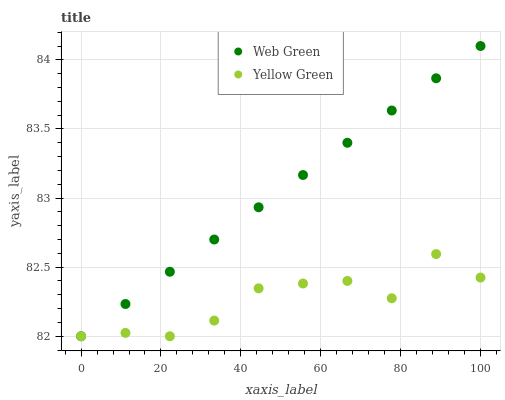
| xaxis_label | Web Green | Yellow Green |
 | --- | --- | --- |
 | 0 | 82 | 82 |
 | 11.1 | 82.2 | 82 |
 | 22.2 | 82.5 | 82 |
 | 33.3 | 82.7 | 82.1 |
 | 44.4 | 82.9 | 82.3 |
 | 55.6 | 83.2 | 82.4 |
 | 66.7 | 83.4 | 82.4 |
 | 77.8 | 83.6 | 82.3 |
 | 88.9 | 83.9 | 82.6 |
 | 100 | 84.1 | 82.4 |